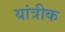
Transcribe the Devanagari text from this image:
यांत्रीक